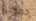
خطواتي